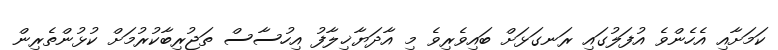
ކަމަށާއި އެހެންވެ އުފަލުގައި ރަނގަޅަށް ބައިވެރިވެ މި އާދަޔާޚިލާފު އިހުސާސް ތަޖުރިބާކުރުމަށް ކުޅުންތެރިން